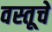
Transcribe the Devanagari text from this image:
वस्तूचें